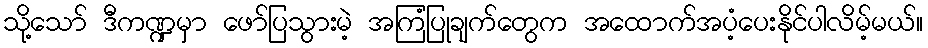
သို့သော် ဒီကဏ္ဍမှာ ဖော်ပြသွားမဲ့ အကြံပြုချက်တွေက အထောက်အပံ့ပေးနိုင်ပါလိမ့်မယ်။